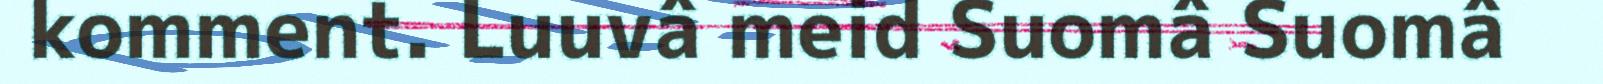
komment. Luuvâ meid Suomâ Suomâ